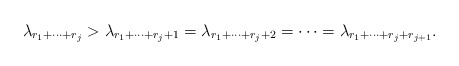
\begin{align*}\lambda_{r_1+\cdots+r_j} > \lambda_{r_1+\cdots+r_j+1} = \lambda_{r_1 + \cdots + r_j + 2} = \cdots = \lambda_{r_1 + \cdots + r_j + r_{j+1}}.\end{align*}